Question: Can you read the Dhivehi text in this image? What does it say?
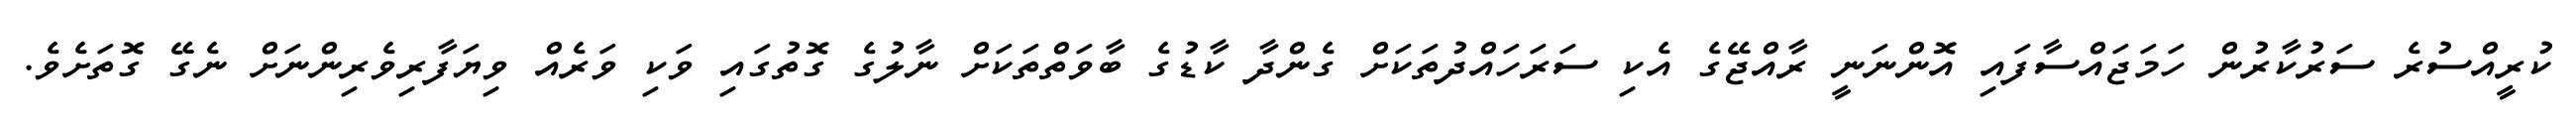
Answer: ކުރީއްސުރެ ސަރުކާރުން ހަމަޖައްސާފައި އޮންނަނީ ރާއްޖޭގެ އެކި ސަރަހައްދުތަކަށް ގެންދާ ކާޑުގެ ބާވަތްތަކަށް ނާލުގެ ގޮތުގައި ވަކި ވަރެއް ވިޔަފާރިވެރިންނަށް ނެގޭ ގޮތަށެވެ.